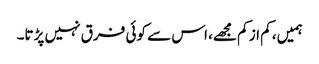
ہمیں، کم از کم مجھے، اس سے کوئی فرق نہیں پڑتا۔